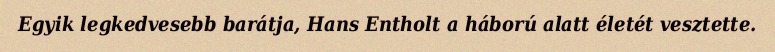
Egyik legkedvesebb barátja, Hans Entholt a háború alatt életét vesztette.